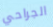
الجراحي